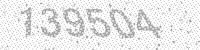
Solution: 139504